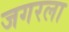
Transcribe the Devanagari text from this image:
जगरला